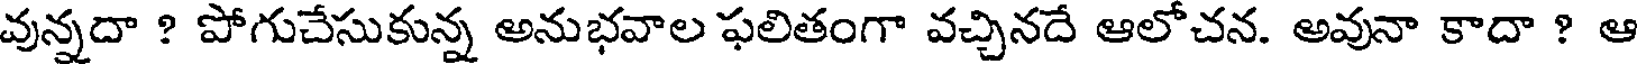
వున్నదా ? పోగుచేసుకున్న అనుభవాల ఫలితంగా వచ్చినదే ఆలోచన. అవునా కాదా ? ఆ